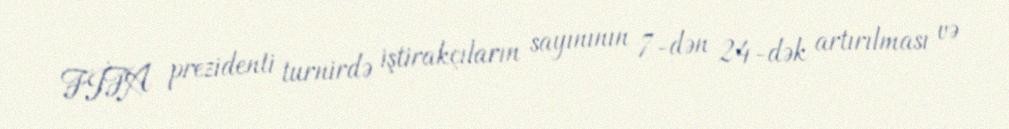
FİFA prezidenti turnirdə iştirakçıların sayınının 7-dən 24-dək artırılması və